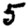
Digit: 5